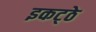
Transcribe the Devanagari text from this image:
इकट्‍ठे